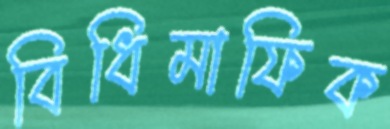
বিধিমাফিক